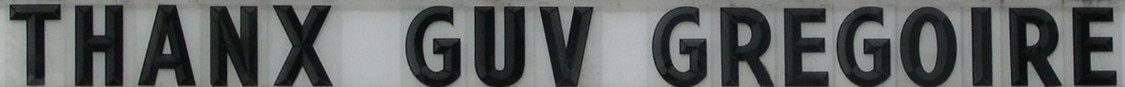
THANX GUV GREGOIRE